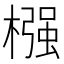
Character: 𣚦